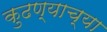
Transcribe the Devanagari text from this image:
कुढण्याच्या